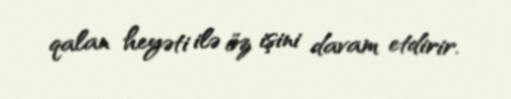
qalan heyəti ilə öz işini davam etdirir.